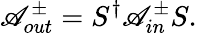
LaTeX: \mathscr{A}_{out}^{\pm}=S^{\dagger}\mathscr{A}_{in}^{\pm}S.